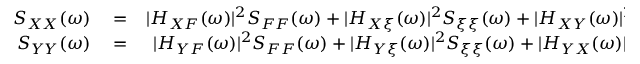
\begin{array} { r l r } { S _ { X X } ( \omega ) } & { { } = } & { | H _ { X F } ( \omega ) | ^ { 2 } S _ { F F } ( \omega ) + | H _ { X \xi } ( \omega ) | ^ { 2 } S _ { \xi \xi } ( \omega ) + | H _ { X Y } ( \omega ) | ^ { 2 } S _ { Y Y } ^ { \mathrm { i n } } ( \omega ) + | H _ { X X } ( \omega ) | ^ { 2 } S _ { X X } ^ { \mathrm { i n } } ( \omega ) , } \\ { S _ { Y Y } ( \omega ) } & { { } = } & { | H _ { Y F } ( \omega ) | ^ { 2 } S _ { F F } ( \omega ) + | H _ { Y \xi } ( \omega ) | ^ { 2 } S _ { \xi \xi } ( \omega ) + | H _ { Y X } ( \omega ) | ^ { 2 } S _ { X X } ^ { \mathrm { i n } } ( \omega ) + | H _ { Y Y } ( \omega ) | ^ { 2 } S _ { Y Y } ^ { \mathrm { i n } } ( \omega ) , } \end{array}